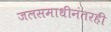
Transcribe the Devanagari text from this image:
जलसमाधीनंतरही